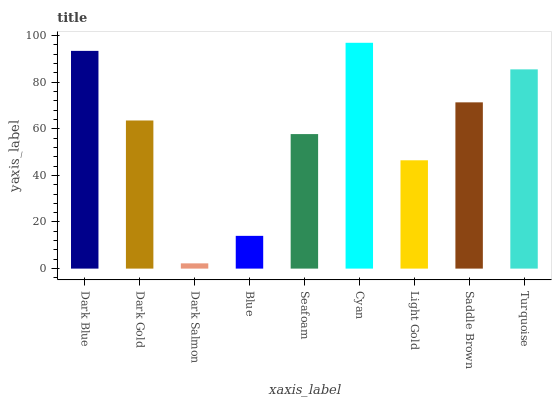
| xaxis_label | bars |
 | --- | --- |
 | Dark Blue | 93.4 |
 | Dark Gold | 63.6 |
 | Dark Salmon | 2.25 |
 | Blue | 14.1 |
 | Seafoam | 57.7 |
 | Cyan | 96.9 |
 | Light Gold | 46.5 |
 | Saddle Brown | 71.3 |
 | Turquoise | 85.5 |